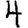
Digit: 4